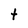
Character: t